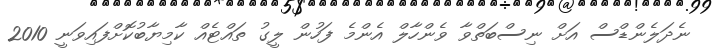
ނެދަލެންޑްސް އަށް ނިސްބަތްވާ ވެންހާލް އެންމެ ފަހުން ލީގު ތައްޓެއް ކާމިޔާބުކޮށްފައިވަނީ 2010